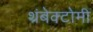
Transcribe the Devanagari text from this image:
थ्रंबेक्टोमी